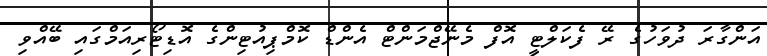
އަންގާރަ ދުވަހުގެ ރޭ ފެކަލްޓީ އޮފް މެނޭޖްމަންޓް އެންޑް ކޮމްޕިއުޓިންގެ އޮޑިޓޯރިއަމްގައި ބޭއްވި